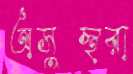
অসুস্থরা